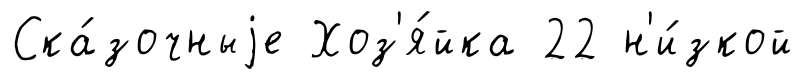
Ска́зочныjе Хоз'я́йка 22 н'и́зкой